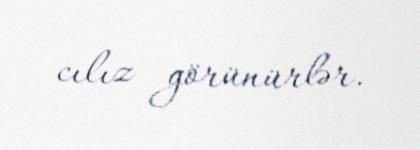
cılız görünürlər.